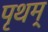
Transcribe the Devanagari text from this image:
पृथम्‌